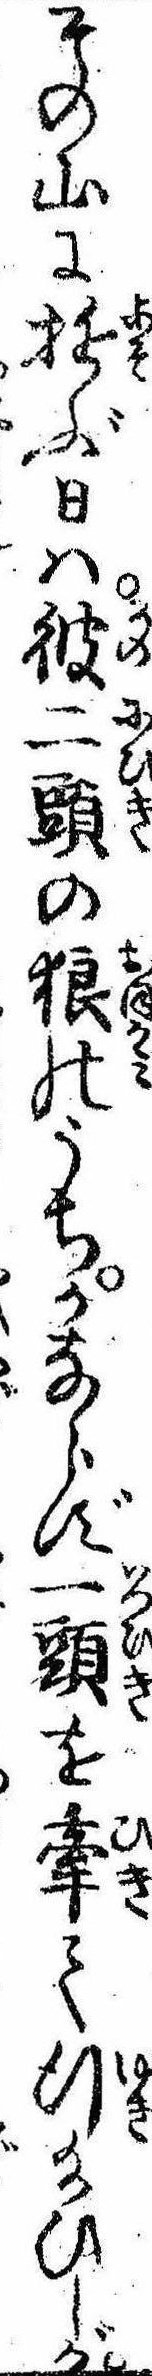
その山に遊ぶ日は彼二頭の狼のうちかならず一頭を牽て行給ひしが